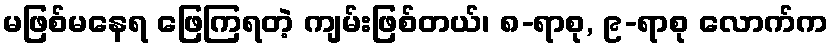
မဖြစ်မနေရ ဖြေကြရတဲ့ ကျမ်းဖြစ်တယ်၊ ၈-ရာစု, ၉-ရာစု လောက်က